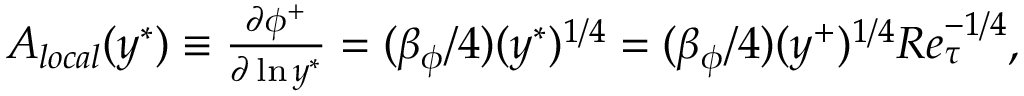
\begin{array} { r } { A _ { l o c a l } ( y ^ { \ast } ) \equiv \frac { \partial \phi ^ { + } } { \partial \ln y ^ { \ast } } = ( \beta _ { \phi } / 4 ) ( y ^ { \ast } ) ^ { 1 / 4 } = ( \beta _ { \phi } / 4 ) ( y ^ { + } ) ^ { 1 / 4 } R e _ { \tau } ^ { - 1 / 4 } , } \end{array}